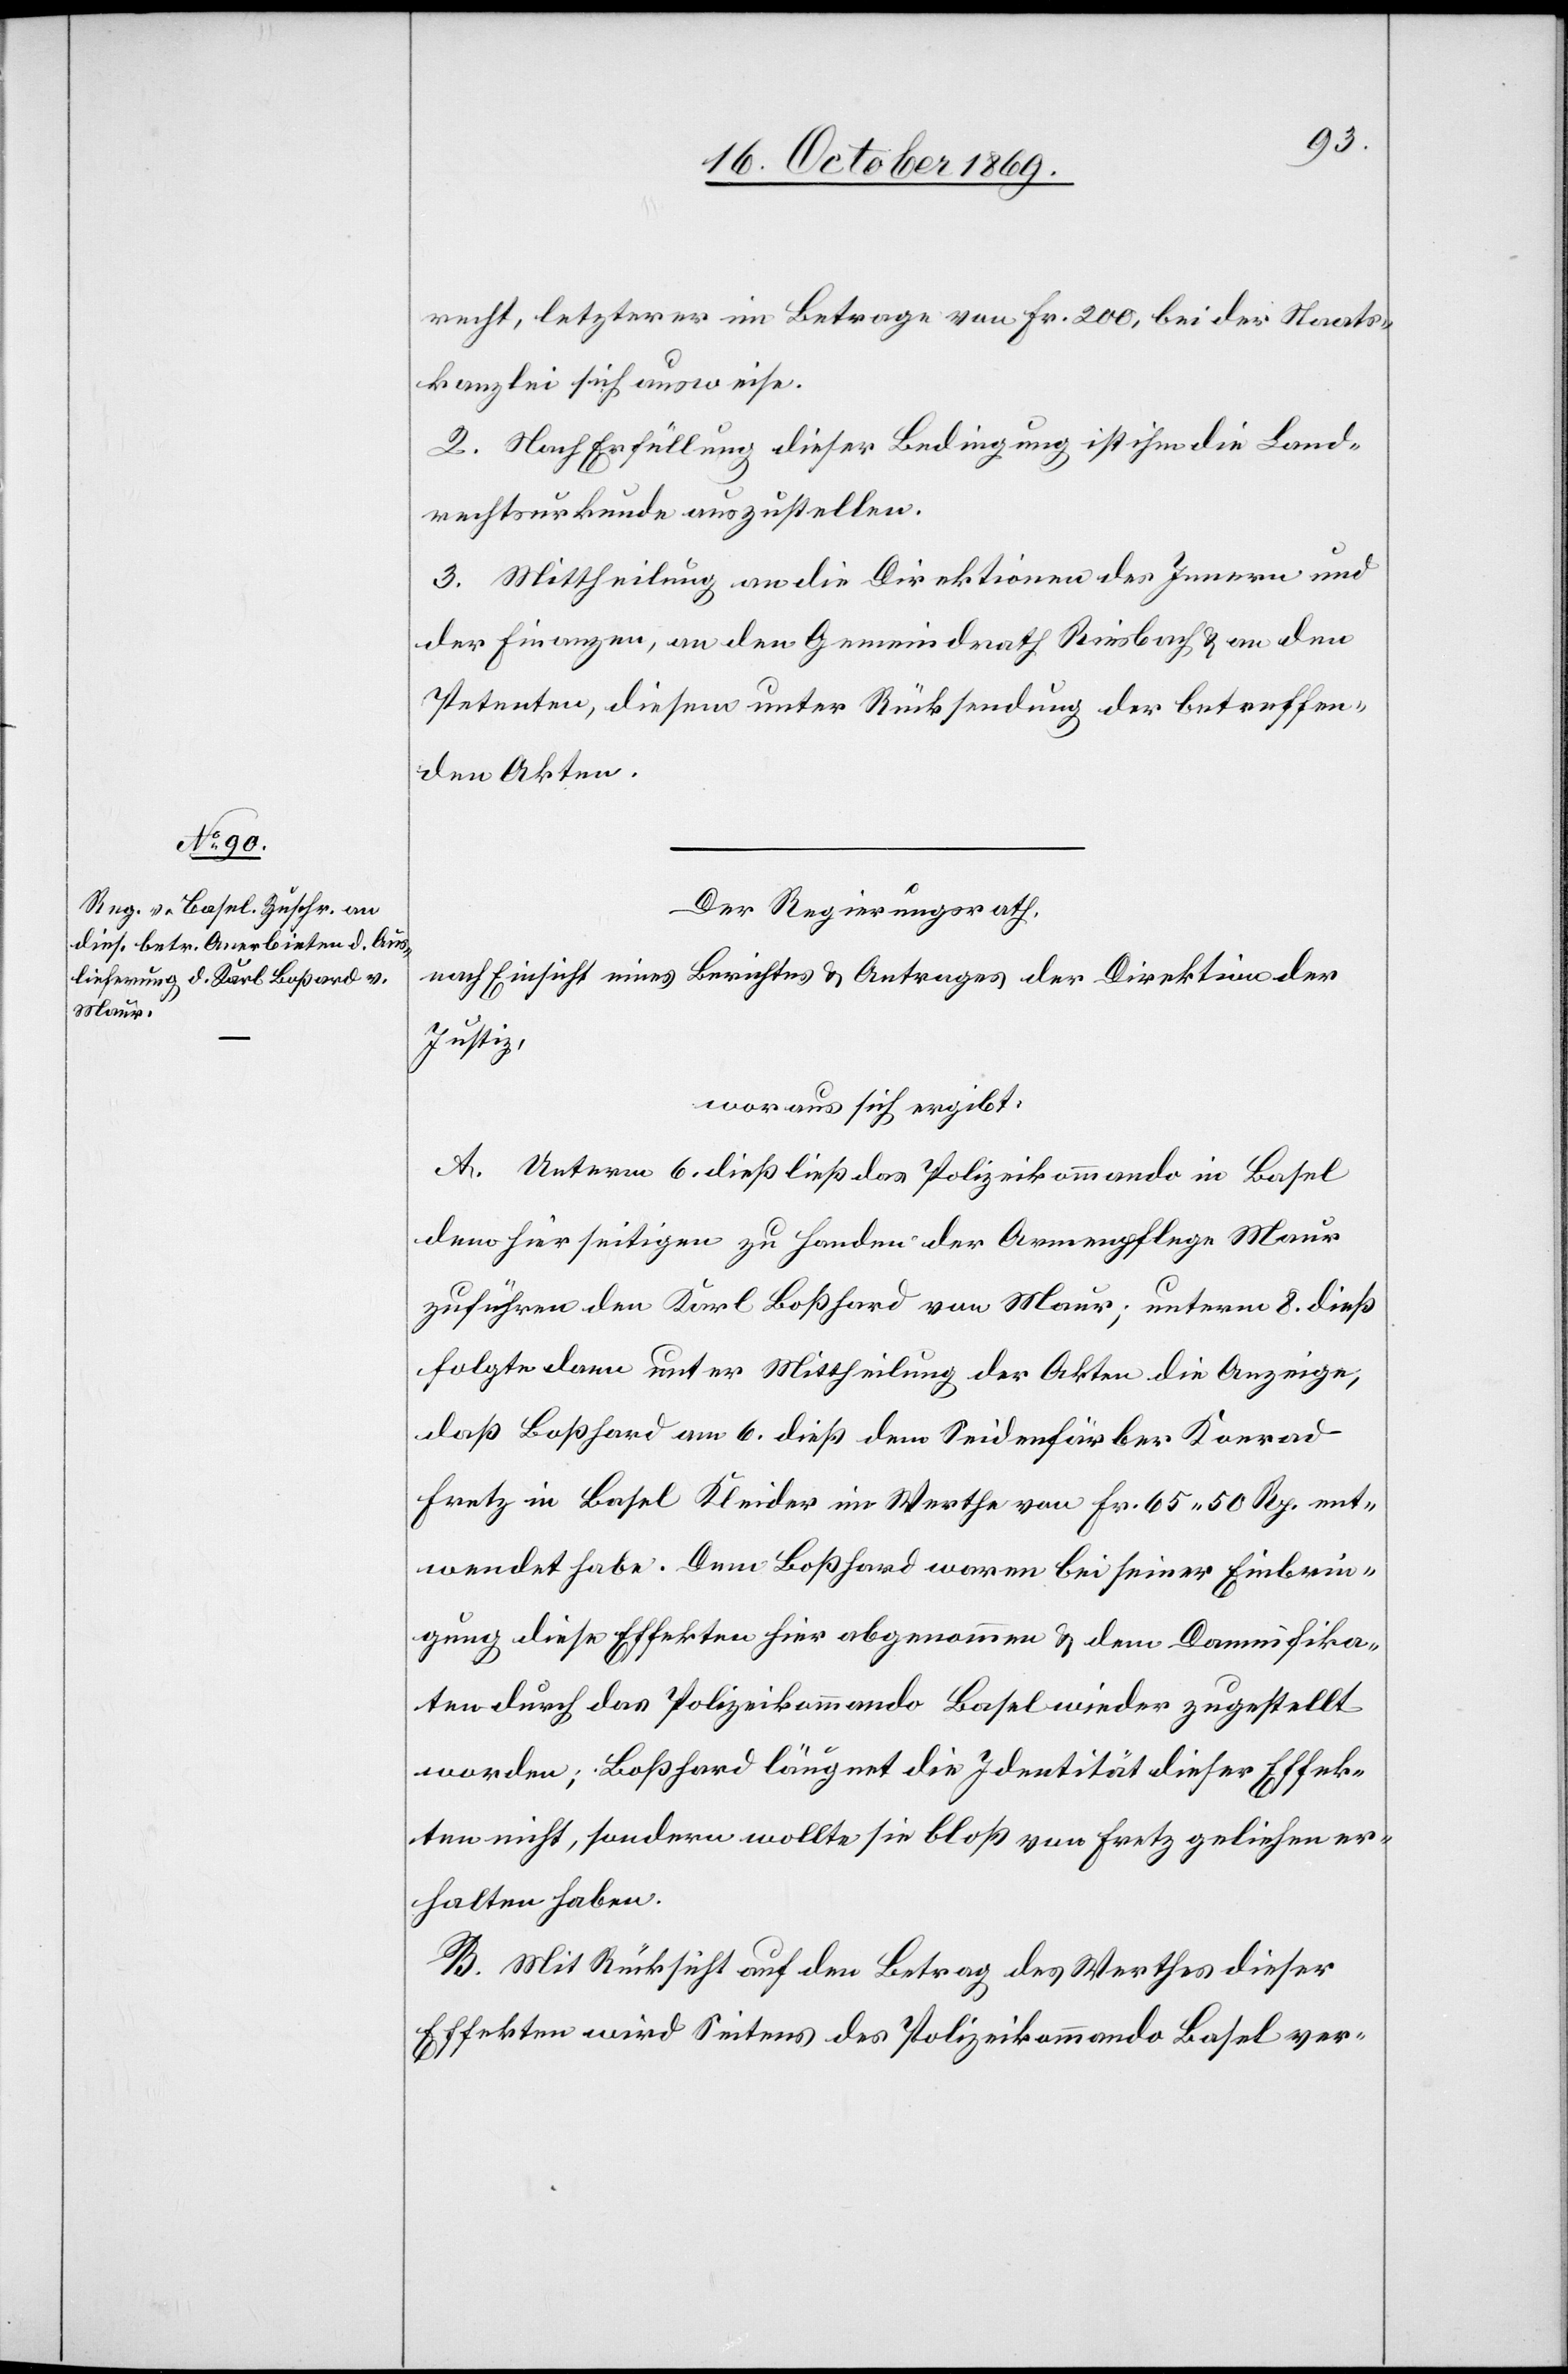
recht, letzterer im Betrage von Fr. 200, bei der Staats¬
kanzlei sich ausweise.
2. Nach Erfüllung dieser Bedingung ist ihm die Land¬
rechtsurkunde auszustellen.
3. Mittheilung an die Direktionen des Innern und
der Finanzen, an den Gemeindrath Riesbach & an den
Petenten, diesem unter Rücksendung der betreffen¬
den Akten.
Der Regierungsrath,
nach Einsicht eines Berichtes & Antrages der Direktion der
Justiz,
woraus sich ergibt:
A. Unterm 6. dieß ließ das Polizeikommando in Basel
dem hierseitigen zu Handen der Armenpflege Maur
zuführen den Karl Boßhard [sic!] von Maur; unterm 8. dieß
folgte dann unter Mittheilung der Akten die Anzeige,
daß Boßhard am 6. dieß dem Seidenfärber Konrad
Fretz in Basel Kleider im Werthe von Fr. 65 50 Rp. ent¬
wendet habe. Dem Boßhard waren bei seiner Einbrin¬
gung diese Effekten hier abgenommen & dem Damnifika¬
ten durch das Polizeikommando Basel wieder zugestellt
worden; Boßhard läugnet die Identität dieser Effek¬
ten nicht, sondern wollte sie bloß von Fretz geliehen er¬
halten haben.
B. Mit Rücksicht auf den Betrag des Werthes dieser
Effekten wird Seitens des Polizeikommando Basel ver-